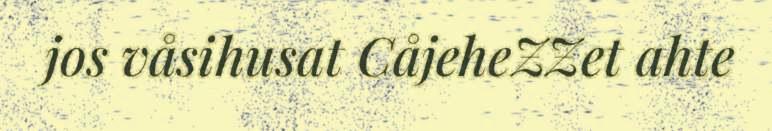
jos våsihusat CåjeheZZet ahte